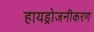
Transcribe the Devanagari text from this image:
हायड्रोजनीकरण